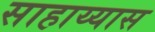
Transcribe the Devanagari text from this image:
साहाय्यास